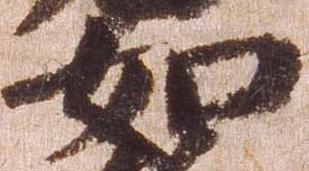
如